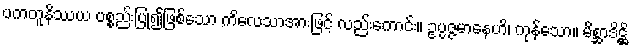
ပကတူနိဿယ ပစ္စည်းပြု၍ဖြစ်သော ကိလေသာအားဖြင့် လည်းကောင်း။ ဥပ္ပဇ္ဇမာနေဟိ၊ ကုန်သော။ မိစ္ဆာဒိဋ္ဌိ